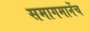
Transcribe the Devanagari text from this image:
समागमानेंच